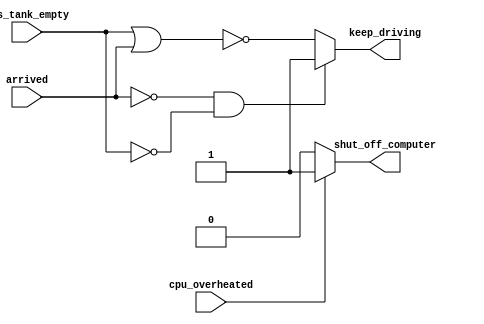
// This program was cloned from: https://github.com/Yvan-xy/verilog-doc
// License: GNU General Public License v2.0

// synthesis verilog_input_version verilog_2001
module top_module (
    input      cpu_overheated,
    output reg shut_off_computer,
    input      arrived,
    input      gas_tank_empty,
    output reg keep_driving  ); //

    always @(*) begin
        if (cpu_overheated) begin
            shut_off_computer = 1;
        end
        else begin
            shut_off_computer = 0;
        end
    end
    
    always @(*) begin
        if (~arrived&~gas_tank_empty) begin
            keep_driving = ~gas_tank_empty&(~arrived);
       end
       else begin
           keep_driving = ~(gas_tank_empty|arrived);
       end
    end

endmodule